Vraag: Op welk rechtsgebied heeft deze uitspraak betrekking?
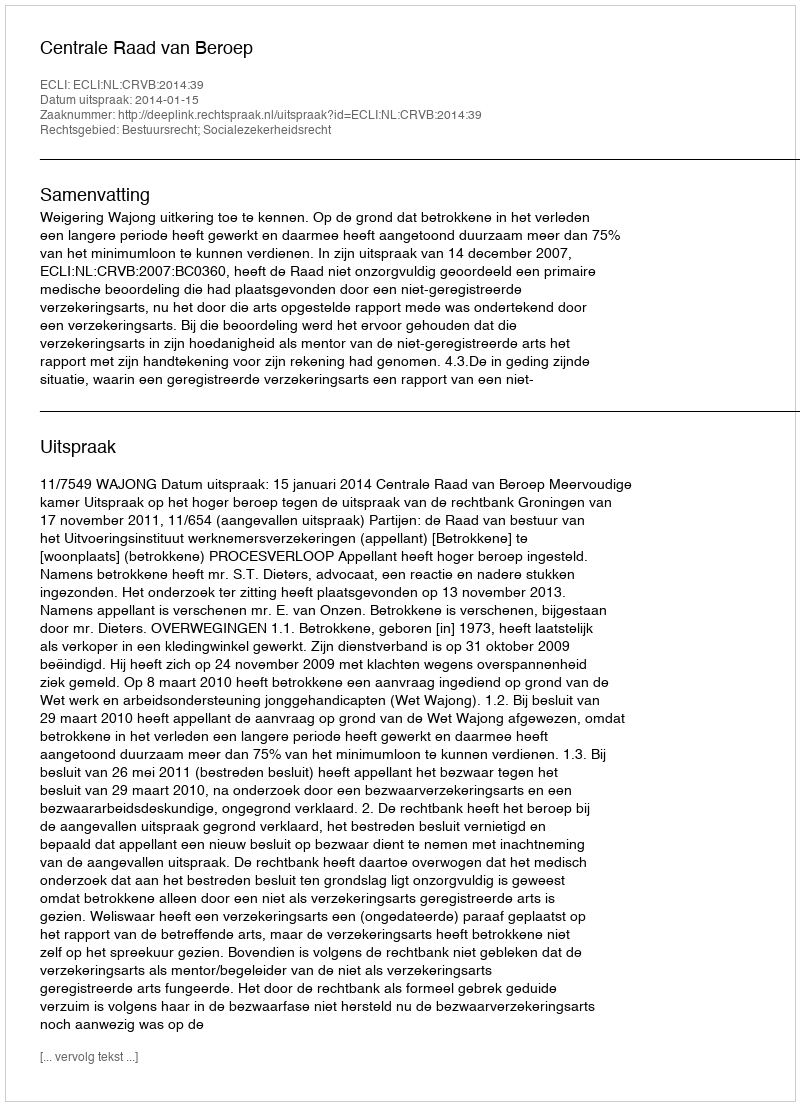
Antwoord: Bestuursrecht; Socialezekerheidsrecht